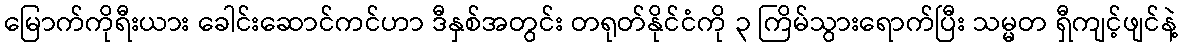
မြောက်ကိုရီးယား ခေါင်းဆောင်ကင်ဟာ ဒီနှစ်အတွင်း တရုတ်နိုင်ငံကို ၃ ကြိမ်သွားရောက်ပြီး သမ္မတ ရှီကျင့်ဖျင်နဲ့